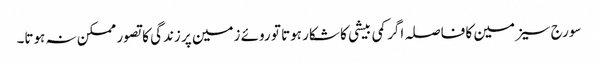
سورج سیزمین کا فاصلہ اگر کمی بیشی کا شکار ہوتا تو روئے زمین پر زندگی کا تصور ممکن نہ ہوتا۔